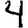
Digit: 4